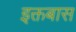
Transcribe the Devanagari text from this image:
इक्तबास